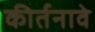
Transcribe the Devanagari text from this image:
कीर्तनावे